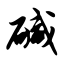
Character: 碱